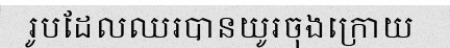
រូបដែលឈរបានយូរចុងក្រោយ